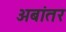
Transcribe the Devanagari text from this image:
अबांतर